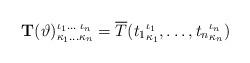
LaTeX: \begin{align*} \mathbf{T}(\vartheta)^{\iota_1\ldots\;\iota_n}_{\kappa_1\ldots\kappa_n}= \overline{T}({t_1}^{\iota_1}_{\kappa_1},\ldots, {t_n}^{\iota_n}_{\kappa_n}) \end{align*}